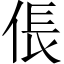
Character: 倀